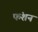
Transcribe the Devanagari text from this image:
फंशन